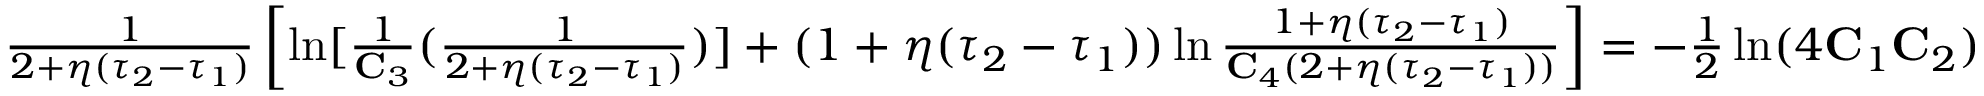
\begin{array} { r } { \frac { 1 } { 2 + \eta ( \tau _ { 2 } - \tau _ { 1 } ) } \left[ \ln [ \frac { 1 } { \mathbf { C } _ { 3 } } ( \frac { 1 } { 2 + \eta ( \tau _ { 2 } - \tau _ { 1 } ) } ) ] + ( 1 + \eta ( \tau _ { 2 } - \tau _ { 1 } ) ) \ln \frac { 1 + \eta ( \tau _ { 2 } - \tau _ { 1 } ) } { \mathbf { C } _ { 4 } ( 2 + \eta ( \tau _ { 2 } - \tau _ { 1 } ) ) } \right] = - \frac { 1 } { 2 } \ln ( 4 \mathbf { C } _ { 1 } \mathbf { C } _ { 2 } ) } \end{array}